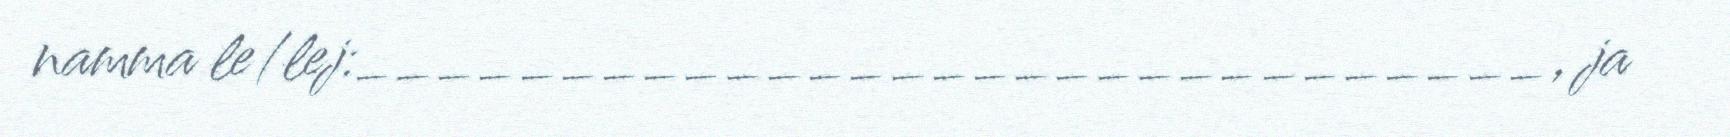
namma le/lej:_____________________________, ja